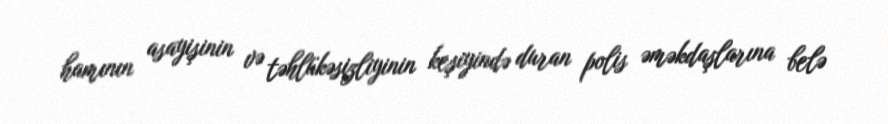
hamının asayişinin və təhlükəsizliyinin keşiyində duran polis əməkdaşlarına belə